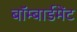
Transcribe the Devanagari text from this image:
बॉम्बार्डमेंट